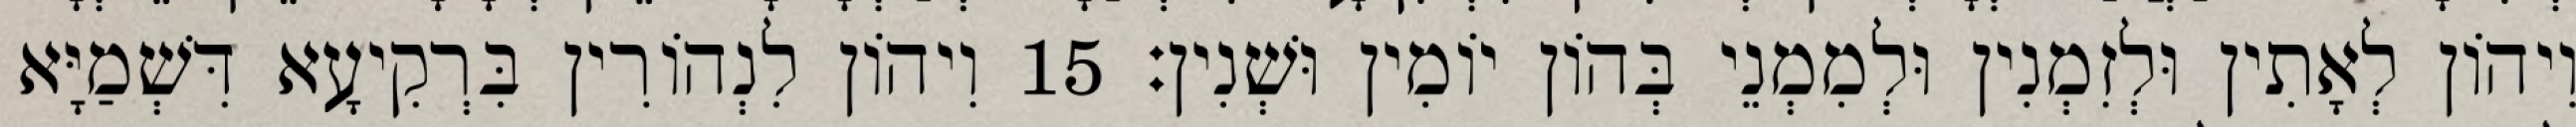
וִיהוֹן לְאָתִין וּלְזִמְנִין וּלְמִמְנֵי בְּהוֹן יוֹמִין וּשְׁנִין׃ 15 וִיהוֹן לִנְהוֹרִין בִּרְקִיעָא דִּשְׁמַיָּא